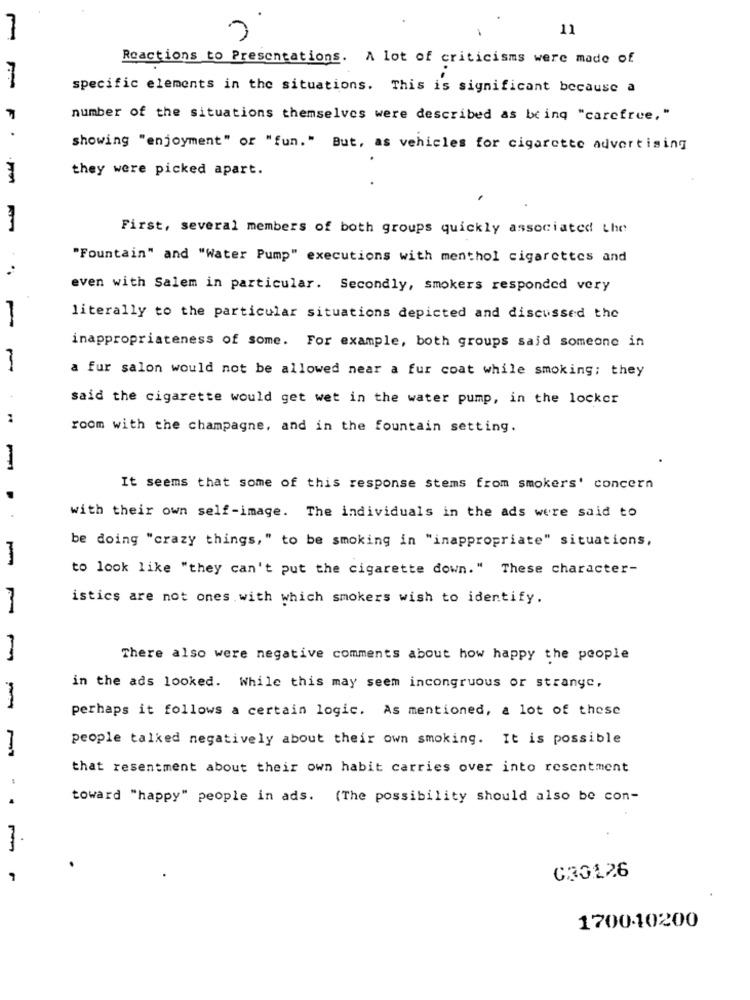
11
Reactions to Presentations. A lot of criticisms were made of
specific elements in the situations. This is significant because a
number of the situations themselves were described as being "carefree,"
showing "enjoyment" or "fun. " But, as vehicles for cigarette advertising
they were picked apart.
First, several members of both groups quickly associated the
"Fountain" and "Water Pump" executions with menthol cigarettes and
even with Salem in particular. Secondly, smokers responded very
-
literally to the particular situations depicted and discussed the
inappropriateness of some. For example, both groups said someone in
a fur salon would not be allowed near a fur coat while smoking; they
said the cigarette would get wet in the water pump, in the locker
room with the champagne, and in the fountain setting.
It seems that some of this response stems from smokers' concern
with their own self-image. The individuals in the ads were said to
be doing "crazy things," to be smoking in "inappropriate" situations,
to look like "they can't put the cigarette down." These character-
istics are not ones with which smokers wish to identify.
There also were negative comments about how happy the people
in the ads looked. While this may seem incongruous or strange,
perhaps it follows a certain logic. As mentioned, a lot of these
people talked negatively about their own smoking. It is possible
-I
that resentment about their own habit carries over into resentment
toward "happy" people in ads. (The possibility should also be con-
030126
170040200